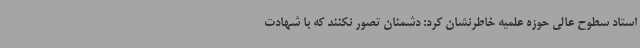
استاد سطوح عالی حوزه علمیه خاطرنشان کرد: دشمنان تصور نکنند که با شهادت